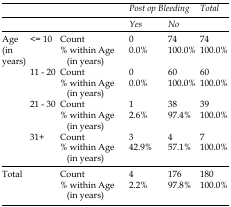
<table><thead><tr><td></td><td></td><td></td><td colspan="2"><b>Post op Bleeding</b></td><td><b>Total</b></td></tr><tr><td></td><td></td><td></td><td><b>Yes</b></td><td><b>No</b></td><td></td></tr></thead><tbody><tr><td rowspan="8">Age (in years)</td><td rowspan="2">&lt;= 10</td><td>Count</td><td>0</td><td>74</td><td>74</td></tr><tr><td>% within Age (in years)</td><td>0.0%</td><td>100.0%</td><td>100.0%</td></tr><tr><td rowspan="2">11 - 20</td><td>Count</td><td>0</td><td>60</td><td>60</td></tr><tr><td>% within Age (in years)</td><td>0.0%</td><td>100.0%</td><td>100.0%</td></tr><tr><td rowspan="2">21 - 30</td><td>Count</td><td>1</td><td>38</td><td>39</td></tr><tr><td>% within Age (in years)</td><td>2.6%</td><td>97.4%</td><td>100.0%</td></tr><tr><td rowspan="2">31+</td><td>Count</td><td>3</td><td>4</td><td>7</td></tr><tr><td>% within Age (in years)</td><td>42.9%</td><td>57.1%</td><td>100.0%</td></tr><tr><td rowspan="2" colspan="2">Total</td><td>Count</td><td>4</td><td>176</td><td>180</td></tr><tr><td>% within Age (in years)</td><td>2.2%</td><td>97.8%</td><td>100.0%</td></tr></tbody></table>